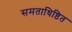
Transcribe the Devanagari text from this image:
समताधिष्ठित